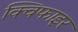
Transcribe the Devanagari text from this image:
क्विफाइर